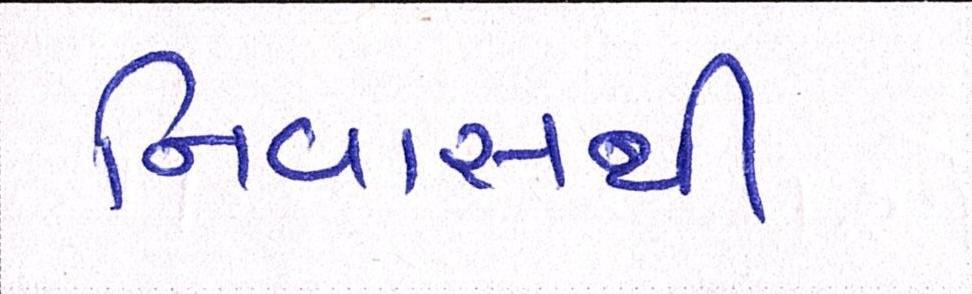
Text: નિવાસથી